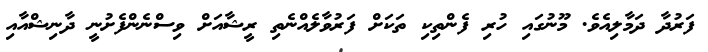
ފަރުދާ ދަމާލިއެވެ. މޫނުގައި ހުރި ފެންތިކި ތަކަށް ފަރުވާލެއްނެތި ރީޝާއަށް ވިސްނެންފެށުނީ ދާނިޝްއާއި